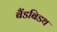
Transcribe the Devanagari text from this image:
बैंडबिडथ